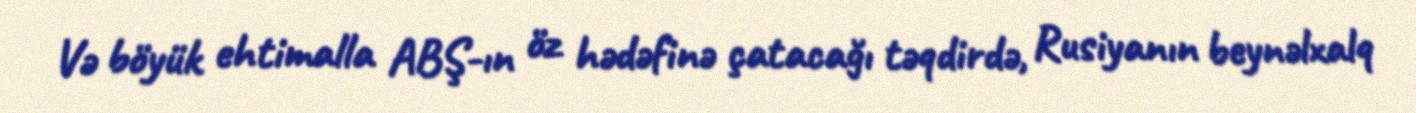
Və böyük ehtimalla ABŞ-ın öz hədəfinə çatacağı təqdirdə, Rusiyanın beynəlxalq